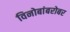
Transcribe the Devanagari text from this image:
विनोबांबरोबर